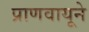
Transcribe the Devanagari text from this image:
प्राणवायूने